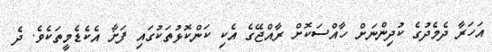
އަހަރާ ދެމެދުގެ ކުދިންނަށް ހާއްސަކޮށް ރާއްޖޭގެ އެކި ކަންކޮޅުތަކުގައި ފަށާ އެކެޑެމީތަކެވެ. ދެ